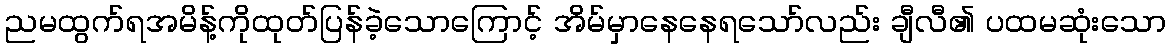
ညမထွက်ရအမိန့်ကိုထုတ်ပြန်ခဲ့သောကြောင့် အိမ်မှာနေနေရသော်လည်း ချီလီ၏ ပထမဆုံးသော